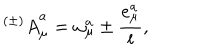
{ ^ { ( \pm ) } A } _ { \mu } ^ { a } = \omega _ { \mu } ^ { a } \pm { \frac { e _ { \mu } ^ { a } } { l } } ,